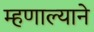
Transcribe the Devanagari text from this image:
म्हणाल्याने